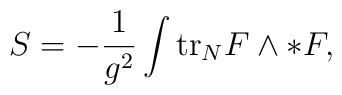
S=-\frac{1}{g^2}\int\mbox{tr}_NF\wedge *F,